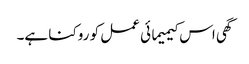
گھی اس کیمیمائی عمل کو روکنا ہے۔